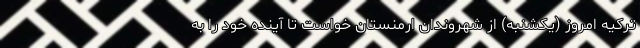
ترکیه امروز (یکشنبه) از شهروندان ارمنستان خواست تا آینده خود را به